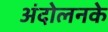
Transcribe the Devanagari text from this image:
अंदोलनके